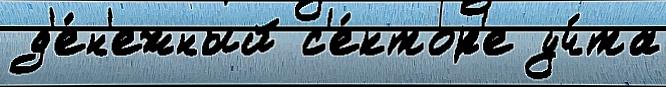
 д'е́н'ежный с'е́ктор'е уч́та